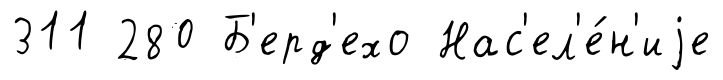
311 280 Б'ерд'ехо Нас'ел'е́н'иjе